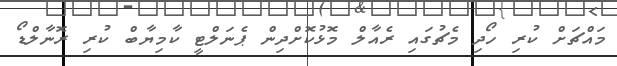
މައްޗަށް ކުރި ހޯދި މެޗުގައި ރެއާލް މޮޅުކޮށްދިން ޕެނަލްޓީ ކާމިޔާބް ކުރި ރޮނާލްޑޯ